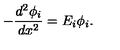
- \frac { d ^ { 2 } \phi _ { i } } { d x ^ { 2 } } = E _ { i } \phi _ { i } .